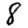
Digit: 8